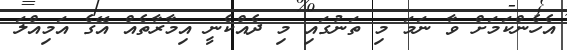
އެހެންކަމަށް ވާ ނަމަ މި ތަނުގައި މި ދެއްކެނީ އިމާރާތެއް އޭގެ އަމިއްލަ